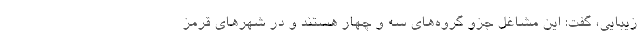
زیبایی، گفت: این مشاغل جزو گروه‌های سه و چهار هستند و در شهرهای قرمز